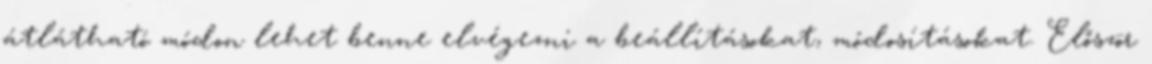
átlátható módon lehet benne elvégezni a beállításokat, módosításokat. Először